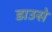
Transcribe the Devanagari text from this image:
डाउसे